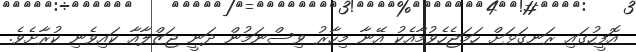
އޮފީހުގައި ރަނގަޅަށް ހަމަޖެހެވުމާއެކު އޭނާ މިހާރު ވިސްނަމުން ދަނީ ޖަޒްލާއާ ކައިވެނި ކުރާށެވެ.